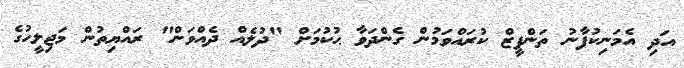
އަދި އެމަނިކުފާނު ތަންފީޒް ކުރައްވަމުން ގެންދަވާ ޙުކުމަށް "ދުލެއް ދެއްވަން" ރައްޔިތުން މަޖިލީހުގެ